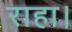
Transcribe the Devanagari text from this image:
राहा।